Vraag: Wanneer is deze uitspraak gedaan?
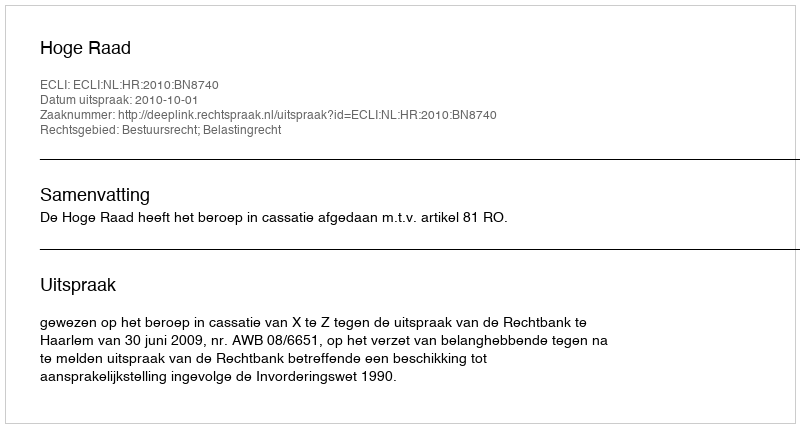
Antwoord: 2010-10-01